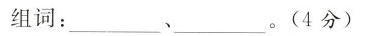
组词：___、___。(4分)